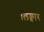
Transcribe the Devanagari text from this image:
लिक्वार